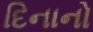
દિનાનો